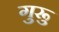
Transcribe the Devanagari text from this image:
गुरूु